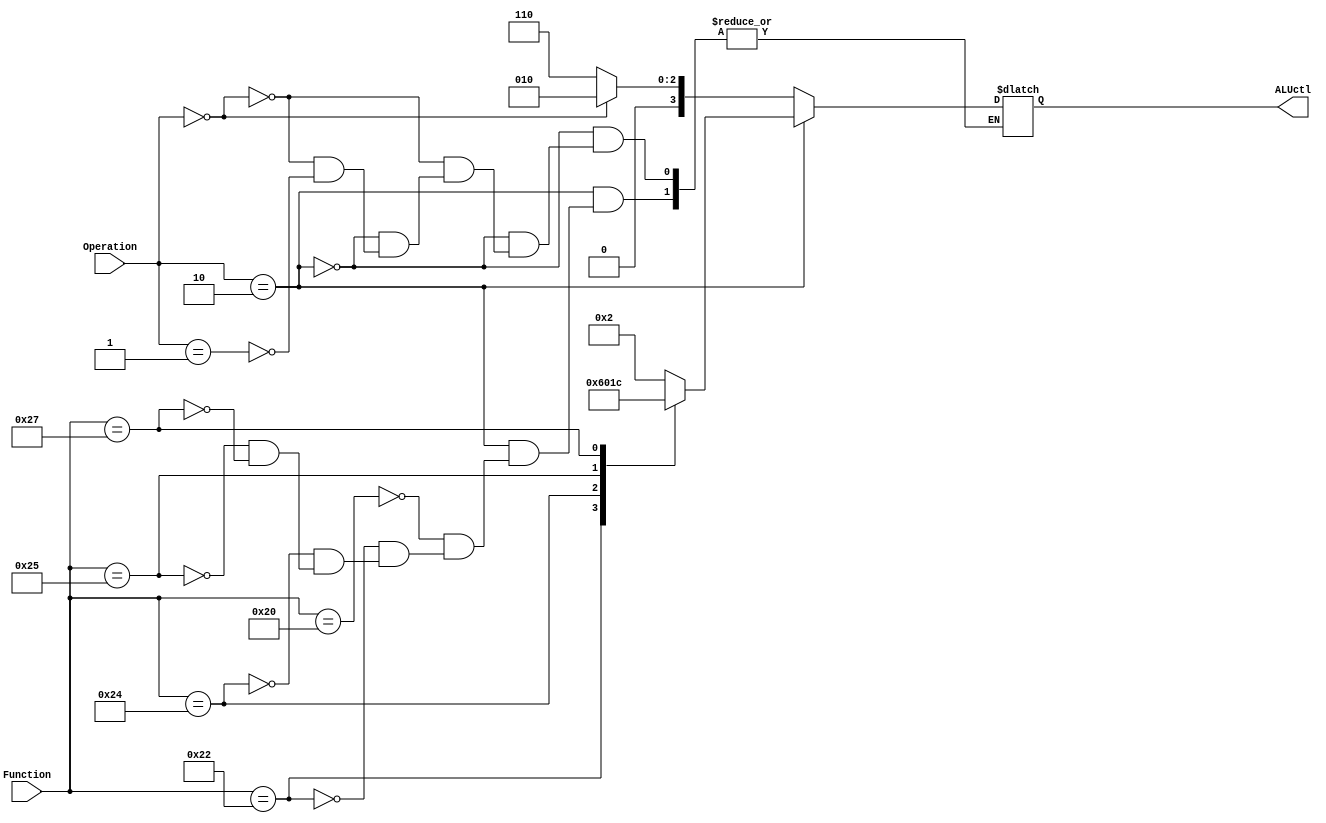



module aluctl(Function, Operation, ALUctl);
input [5:0] Function;
input [1:0] Operation;
output reg [3:0] ALUctl;

always @(*) begin
if(Operation == 2'b10) begin

			case(Function)
					6'b100000: ALUctl = 4'b0010;  //ADD
					6'b100010: ALUctl = 4'b0110;  //SUB
					6'b100100: ALUctl = 4'b0000;  //AND
					6'b100101: ALUctl = 4'b0001;  //OR
					6'b100111: ALUctl = 4'b1100;  //NOR
					
			endcase
			end
			else if (Operation == 2'b00)
					ALUctl = 4'b0010;
				else if (Operation == 2'b01)
					ALUctl = 4'b0110;
	
				end	
endmodule